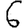
Digit: 6